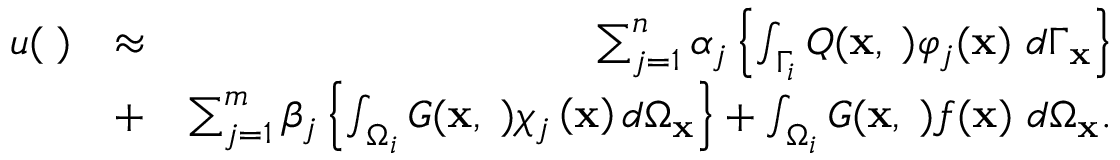
\begin{array} { r l r } { u ( { \mathbf \xi } ) } & { \approx } & { \sum _ { j = 1 } ^ { n } \alpha _ { j } \left\{ \int _ { \Gamma _ { i } } Q ( \mathbf { x } , { \mathbf \xi } ) \varphi _ { j } ( \mathbf { x } ) \ d \Gamma _ { \mathbf { x } } \right\} } \\ & { + } & { \sum _ { j = 1 } ^ { m } \beta _ { j } \left\{ \int _ { \Omega _ { i } } G ( \mathbf { x } , { \mathbf \xi } ) \chi _ { j } \left( \mathbf { x } \right) d \Omega _ { \mathbf { x } } \right\} + \int _ { \Omega _ { i } } G ( \mathbf { x } , { \mathbf \xi } ) f ( \mathbf { x } ) \ d \Omega _ { \mathbf { x } } . } \end{array}